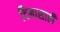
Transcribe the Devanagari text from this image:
दिनासाठी